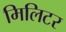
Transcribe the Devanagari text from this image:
मिलिटर